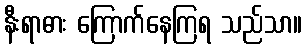
နီးရာဓား ကြောက်နေကြရ သည်သာ။